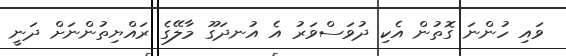
ވައި ހުންނަ ގޮތުން އެކި ދުވަސްވަރު އެ އުނދަގޫ މާލޭގެ ރައްޔިތުންނަށް ދަނީ